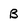
Character: B